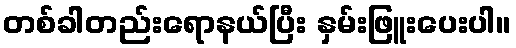
တစ်ခါတည်းရောနယ်ပြီး နှမ်းဖြူးပေးပါ။